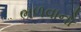
ભળવાનો